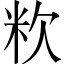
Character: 𥸷